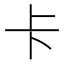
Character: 卡